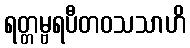
ရတ္တမ္ဗရပီတဝသသာဟိ